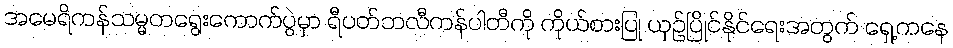
အမေရိကန်သမ္မတရွေးကောက်ပွဲမှာ ရီပတ်ဘလီကန်ပါတီကို ကိုယ်စားပြု ယှဉ်ပြိုင်နိုင်ရေးအတွက် ရှေ့ကနေ